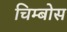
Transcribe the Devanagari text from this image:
चिम्बोस